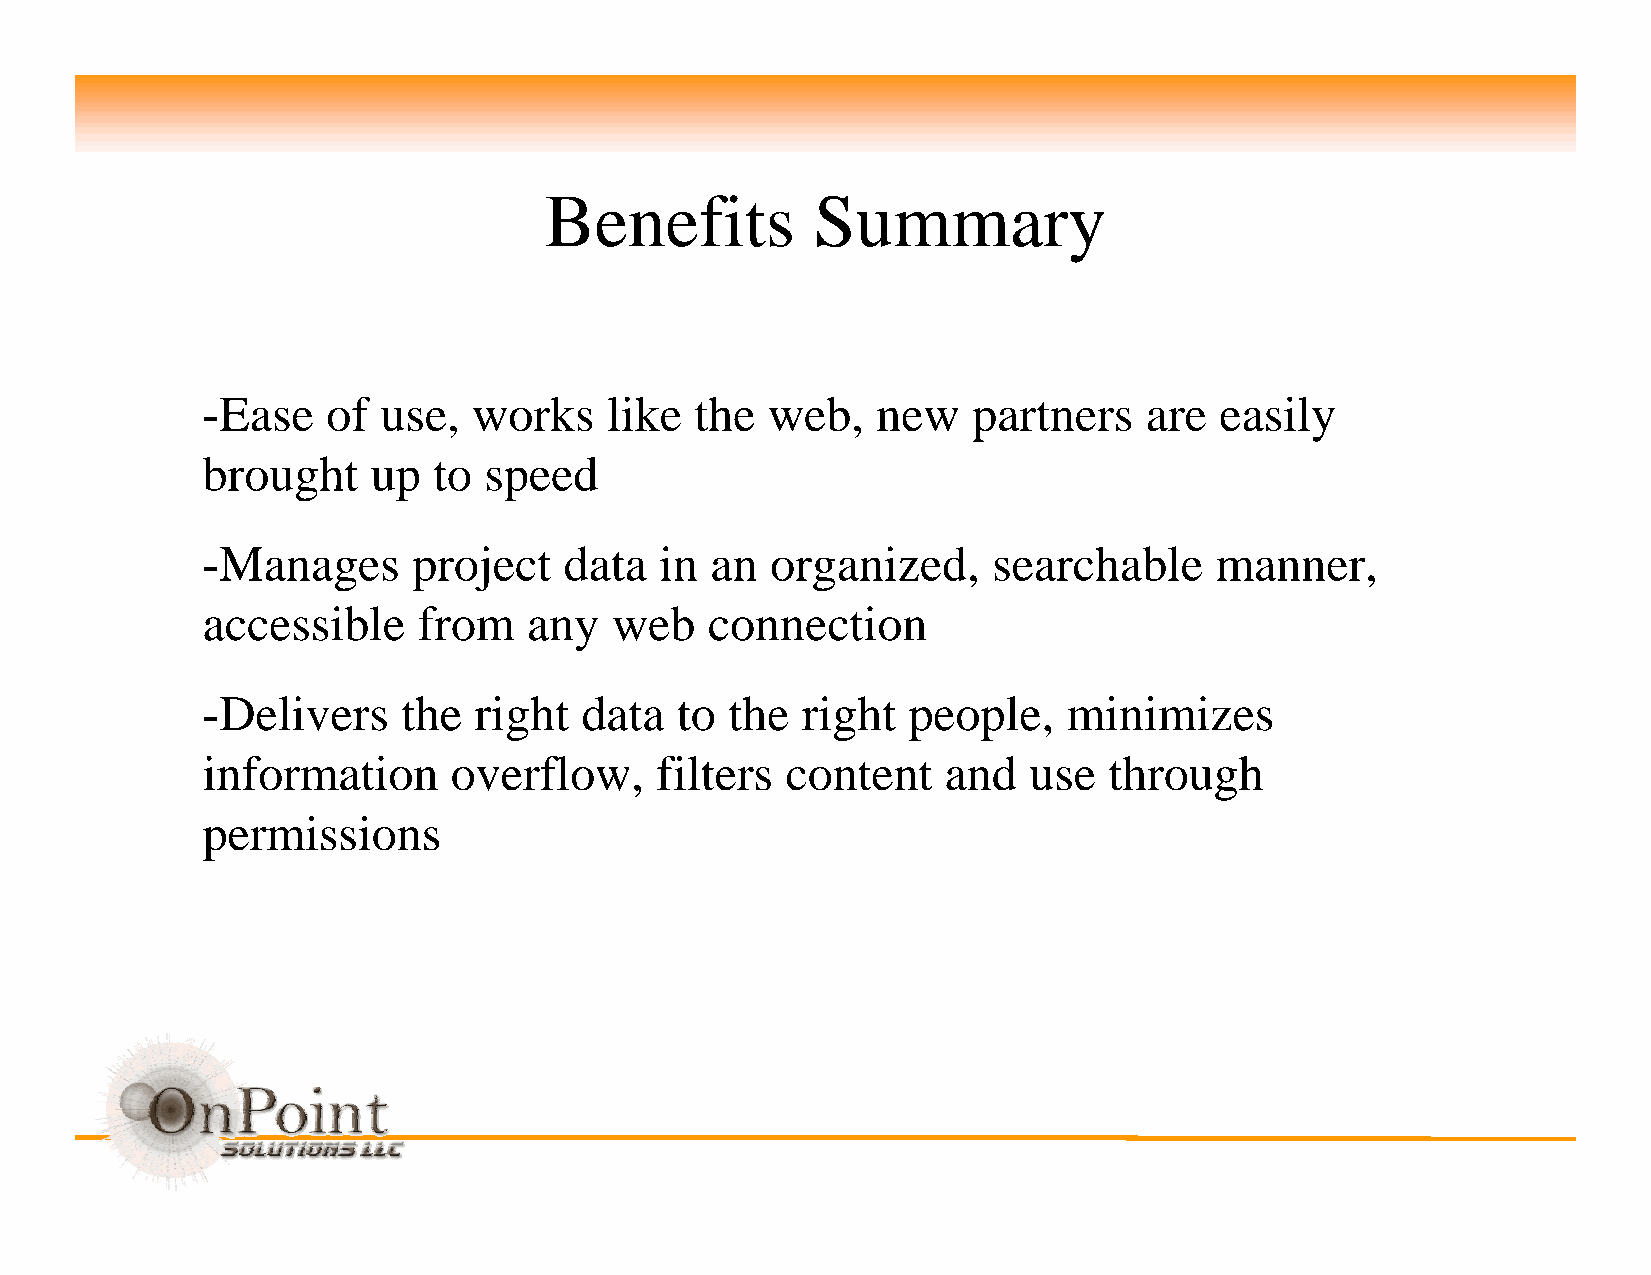
Benefits          Summary
 -Ease    of use,  works    like  the  web,   new   partners    are  easily
 brought     up  to speed
 -Manages      project   data   in an  organized,     searchable     manner,
 accessible     from   any   web   connection
 -Delivers     the right   data  to the  right  people,    minimizes
 information      overflow,    filters  content    and  use  through
 permissions